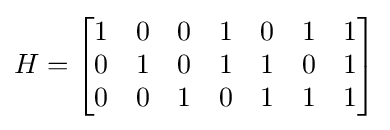
H={\begin{bmatrix}1&0&0&1&0&1&1\\0&1&0&1&1&0&1\\0&0&1&0&1&1&1\end{bmatrix}}